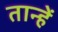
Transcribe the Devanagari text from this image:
तान्हें